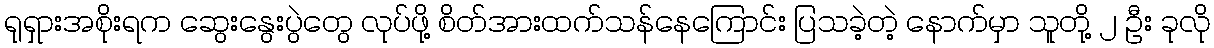
ရုရှားအစိုးရက ဆွေးနွေးပွဲတွေ လုပ်ဖို့ စိတ်အားထက်သန်နေကြောင်း ပြသခဲ့တဲ့ နောက်မှာ သူတို့ ၂ ဦး ခုလို